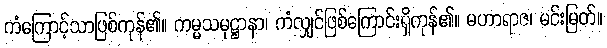
ကံကြောင့်သာဖြစ်ကုန်၏။ ကမ္မသမုဋ္ဌာနာ၊ ကံလျှင်ဖြစ်ကြောင်းရှိကုန်၏။ မဟာရာဇ၊ မင်းမြတ်။